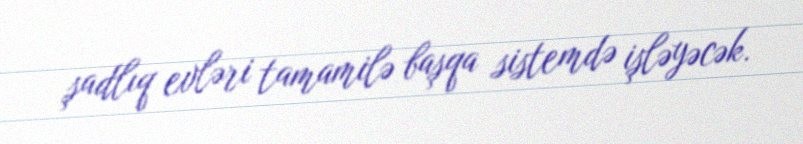
şadlıq evləri tamamilə başqa sistemdə işləyəcək.